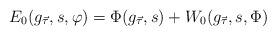
LaTeX: \begin{align*} E_0( g_{\vec{\tau}} , s ,\varphi) = \Phi(g_{\vec{\tau}} ,s) + W_0(g_{\vec{\tau}} ,s,\Phi) \end{align*}